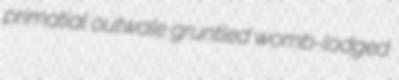
primatial outwale gruntled womb-lodged